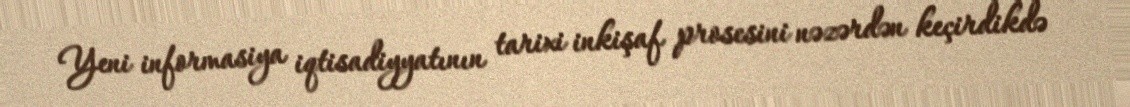
Yeni informasiya iqtisadiyyatının tarixi inkişaf prosesini nəzərdən keçirdikdə